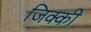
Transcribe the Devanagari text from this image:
जिक्की